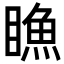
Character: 䁩